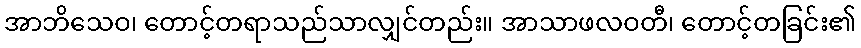
အာဘိသေဝ၊ တောင့်တရာသည်သာလျှင်တည်း။ အာသာဖလဝတီ၊ တောင့်တခြင်း၏